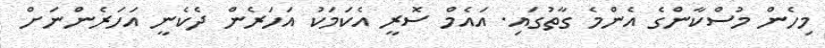
މިހެން މުސްކާންގެ އެންމެ ގާތުގައި. އައެމް ސޮރީ އެކަމަކު އަހަރެން ދެކެނީ އަހަރެންނަށް